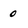
Character: 0